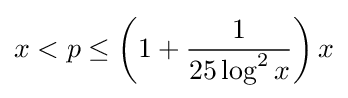
x<p\leq \left(1+{\frac {1}{25\log ^{2}{x}}}\right)x